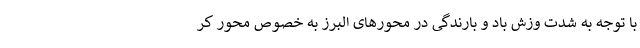
با توجه به شدت وزش باد و بارندگی در محورهای البرز به خصوص محور کر